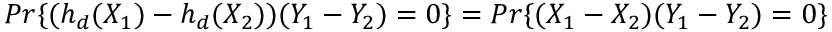
P r \{ ( h _ { d } ( X _ { 1 } ) - h _ { d } ( X _ { 2 } ) ) ( Y _ { 1 } - Y _ { 2 } ) = 0 \} = P r \{ ( X _ { 1 } - X _ { 2 } ) ( Y _ { 1 } - Y _ { 2 } ) = 0 \}